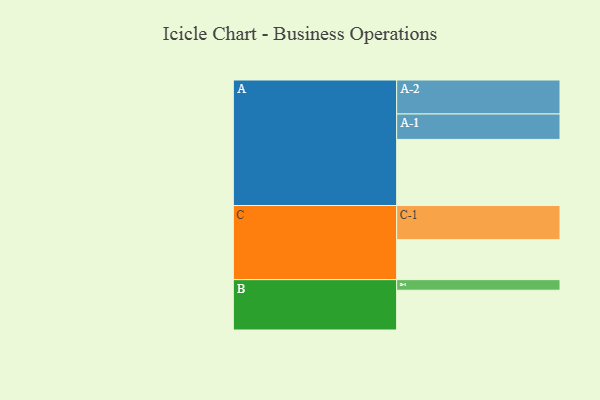
{"axis": {"x": "Segment", "y": "Value"}, "legend": ["", "A", "B", "C"], "data": [{"x": "A", "y": 570, "type": ""}, {"x": "B", "y": 343, "type": ""}, {"x": "C", "y": 345, "type": ""}, {"x": "A-1", "y": 219, "type": "A"}, {"x": "A-2", "y": 293, "type": "A"}, {"x": "B-1", "y": 91, "type": "B"}, {"x": "C-1", "y": 294, "type": "C"}]}